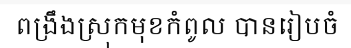
ពង្រឹងស្រុកមុខកំពូល បានរៀបចំ